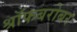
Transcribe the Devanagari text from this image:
श्रॉफबरोबर